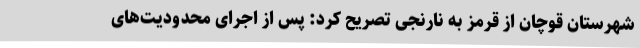
شهرستان قوچان از قرمز به نارنجی تصریح کرد: پس از اجرای محدودیت‌های